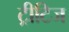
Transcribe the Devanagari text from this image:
ट्रीटिज